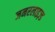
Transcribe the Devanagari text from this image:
जनरलाइज़्ड